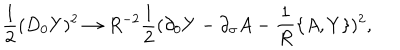
LaTeX: { \frac { 1 } { 2 } } ( D _ { 0 } Y ) ^ { 2 } \rightarrow R ^ { - 2 } { \frac { 1 } { 2 } } ( \partial _ { 0 } Y - \partial _ { \sigma } A - { \frac { 1 } { R } } \{ A , Y \} ) ^ { 2 } ,